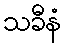
သခီနံ